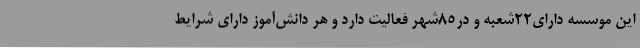
این موسسه دارای22شعبه و در85شهر فعالیت دارد و هر دانش‌آموز دارای شرایط